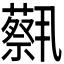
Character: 𫊈